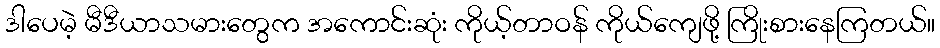
ဒါပေမဲ့ မီဒီယာသမားတွေက အကောင်းဆုံး ကိုယ့်တာဝန် ကိုယ်ကျေဖို့ ကြိုးစားနေကြတယ်။